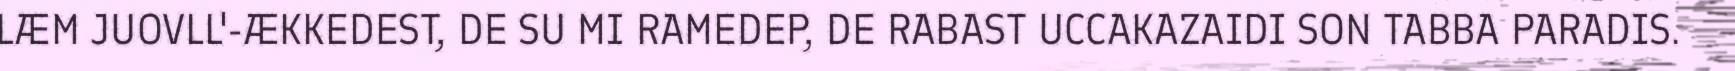
LÆM JUOVLL'-ÆKKEDEST, DE SU MI RAMEDEP, DE RABAST UCCAKAZAIDI SON TABBA PARADIS.